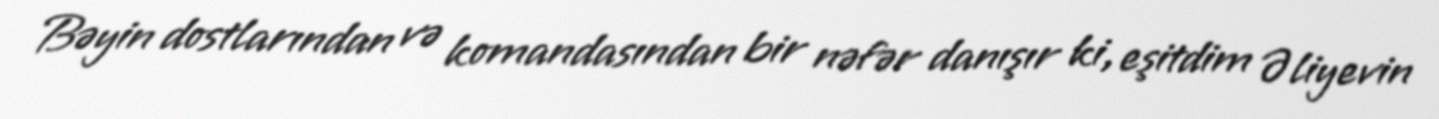
Bəyin dostlarından və komandasından bir nəfər danışır ki, eşitdim Əliyevin